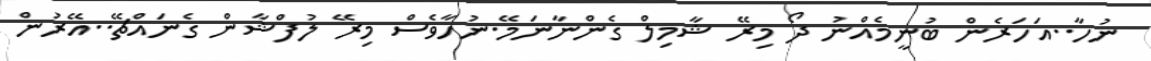
ނުހާ..އަހަރެން ބުނީމެއްނު ދޯ މިރޭ ޝާމިލް ގެންނާނަމޭ.ނުހާވެސް މިރޭ ލުފްޝާން ގެނައްޗޭ..އޭރުން